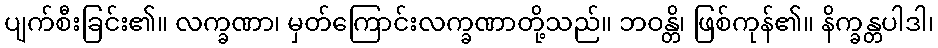
ပျက်စီးခြင်း၏။ လက္ခဏာ၊ မှတ်ကြောင်းလက္ခဏာတို့သည်။ ဘဝန္တိ၊ ဖြစ်ကုန်၏။ နိက္ခန္တပါဒါ၊